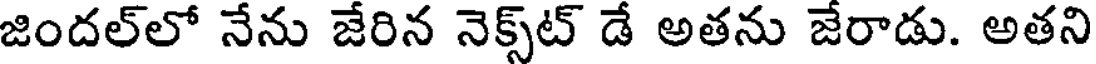
జిందల్లో నేను జేరిన నెక్స్ట్ డే అతను జేరాడు. అతని